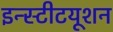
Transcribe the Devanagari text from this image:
इन्स्टीटयूशन